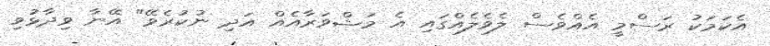
އެކަމަކު ރަސްމީ އެއްވެސް ލެވެލެއްގައި އެ މަޝްވަރާއެއް އަދި ނުކުރެވޭ" އޭނާ ވިދާޅުވި